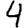
Digit: 4